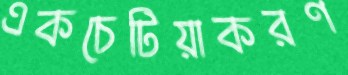
একচেটিয়াকরণ